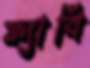
ফ্যাবি